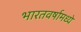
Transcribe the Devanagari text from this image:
भारतवर्षामध्ये